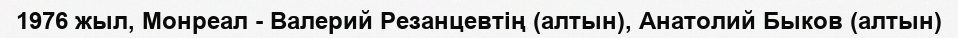
1976 жыл, Монреал - Валерий Резанцевтің (алтын), Анатолий Быков (алтын)